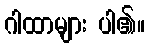
ဂါထာများ ပါ၏။